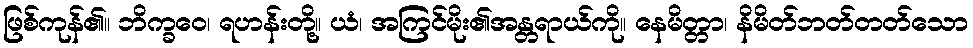
ဖြစ်ကုန်၏။ ဘိက္ခဝေ၊ ရဟန်းတို့။ ယံ၊ အကြင်မိုး၏အန္တရာယ်ကို။ နေမိတ္တာ၊ နိမိတ်ဘတ်တတ်သော